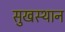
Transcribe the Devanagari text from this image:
सुखस्थान